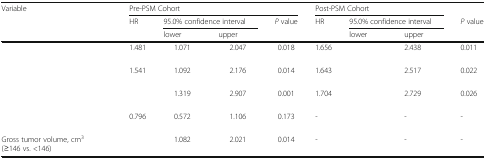
<table><thead><tr><td rowspan="3"><b>Variable</b></td><td colspan="4"><b>Pre-PSM Cohort</b></td><td colspan="3"><b>Post-PSM Cohort</b></td><td>[EMPTY_CELL]</td></tr><tr><td rowspan="2"><b>HR</b></td><td colspan="2"><b>95.0% confidence interval</b></td><td rowspan="2"><b><i>P</i> value</b></td><td rowspan="2"><b>HR</b></td><td colspan="2"><b>95.0% confidence interval</b></td><td rowspan="2"><b><i>P</i> value</b></td></tr><tr><td><b>lower</b></td><td><b>upper</b></td><td><b>lower</b></td><td><b>upper</b></td></tr></thead><tbody><tr><td>[EMPTY_CELL]</td><td>1.481</td><td>1.071</td><td>2.047</td><td>0.018</td><td>1.656</td><td>[EMPTY_CELL]</td><td>2.438</td><td>0.011</td></tr><tr><td>[EMPTY_CELL]</td><td>1.541</td><td>1.092</td><td>2.176</td><td>0.014</td><td>1.643</td><td>[EMPTY_CELL]</td><td>2.517</td><td>0.022</td></tr><tr><td>[EMPTY_CELL]</td><td>[EMPTY_CELL]</td><td>1.319</td><td>2.907</td><td>0.001</td><td>1.704</td><td>[EMPTY_CELL]</td><td>2.729</td><td>0.026</td></tr><tr><td>[EMPTY_CELL]</td><td>0.796</td><td>0.572</td><td>1.106</td><td>0.173</td><td>-</td><td>[EMPTY_CELL]</td><td>-</td><td>-</td></tr><tr><td>Gross tumor volume, cm<sup>3</sup>(≥146 vs. &lt;146)</td><td>[EMPTY_CELL]</td><td>1.082</td><td>2.021</td><td>0.014</td><td>-</td><td>[EMPTY_CELL]</td><td>-</td><td>-</td></tr></tbody></table>